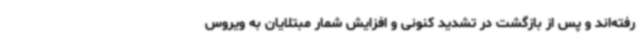
رفته‌اند و پس از بازگشت در تشدید کنونی و افزایش شمار مبتلایان به ویروس